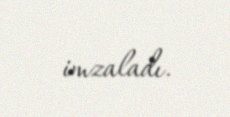
imzaladı.